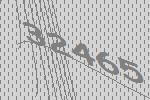
32465